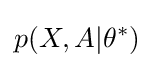
p(X,A|\theta ^{*})